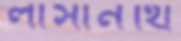
লাসানথি